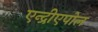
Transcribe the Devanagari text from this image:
एन्द्रीएपोल